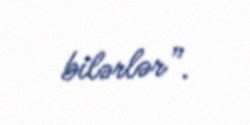
bilərlər”.